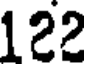
122